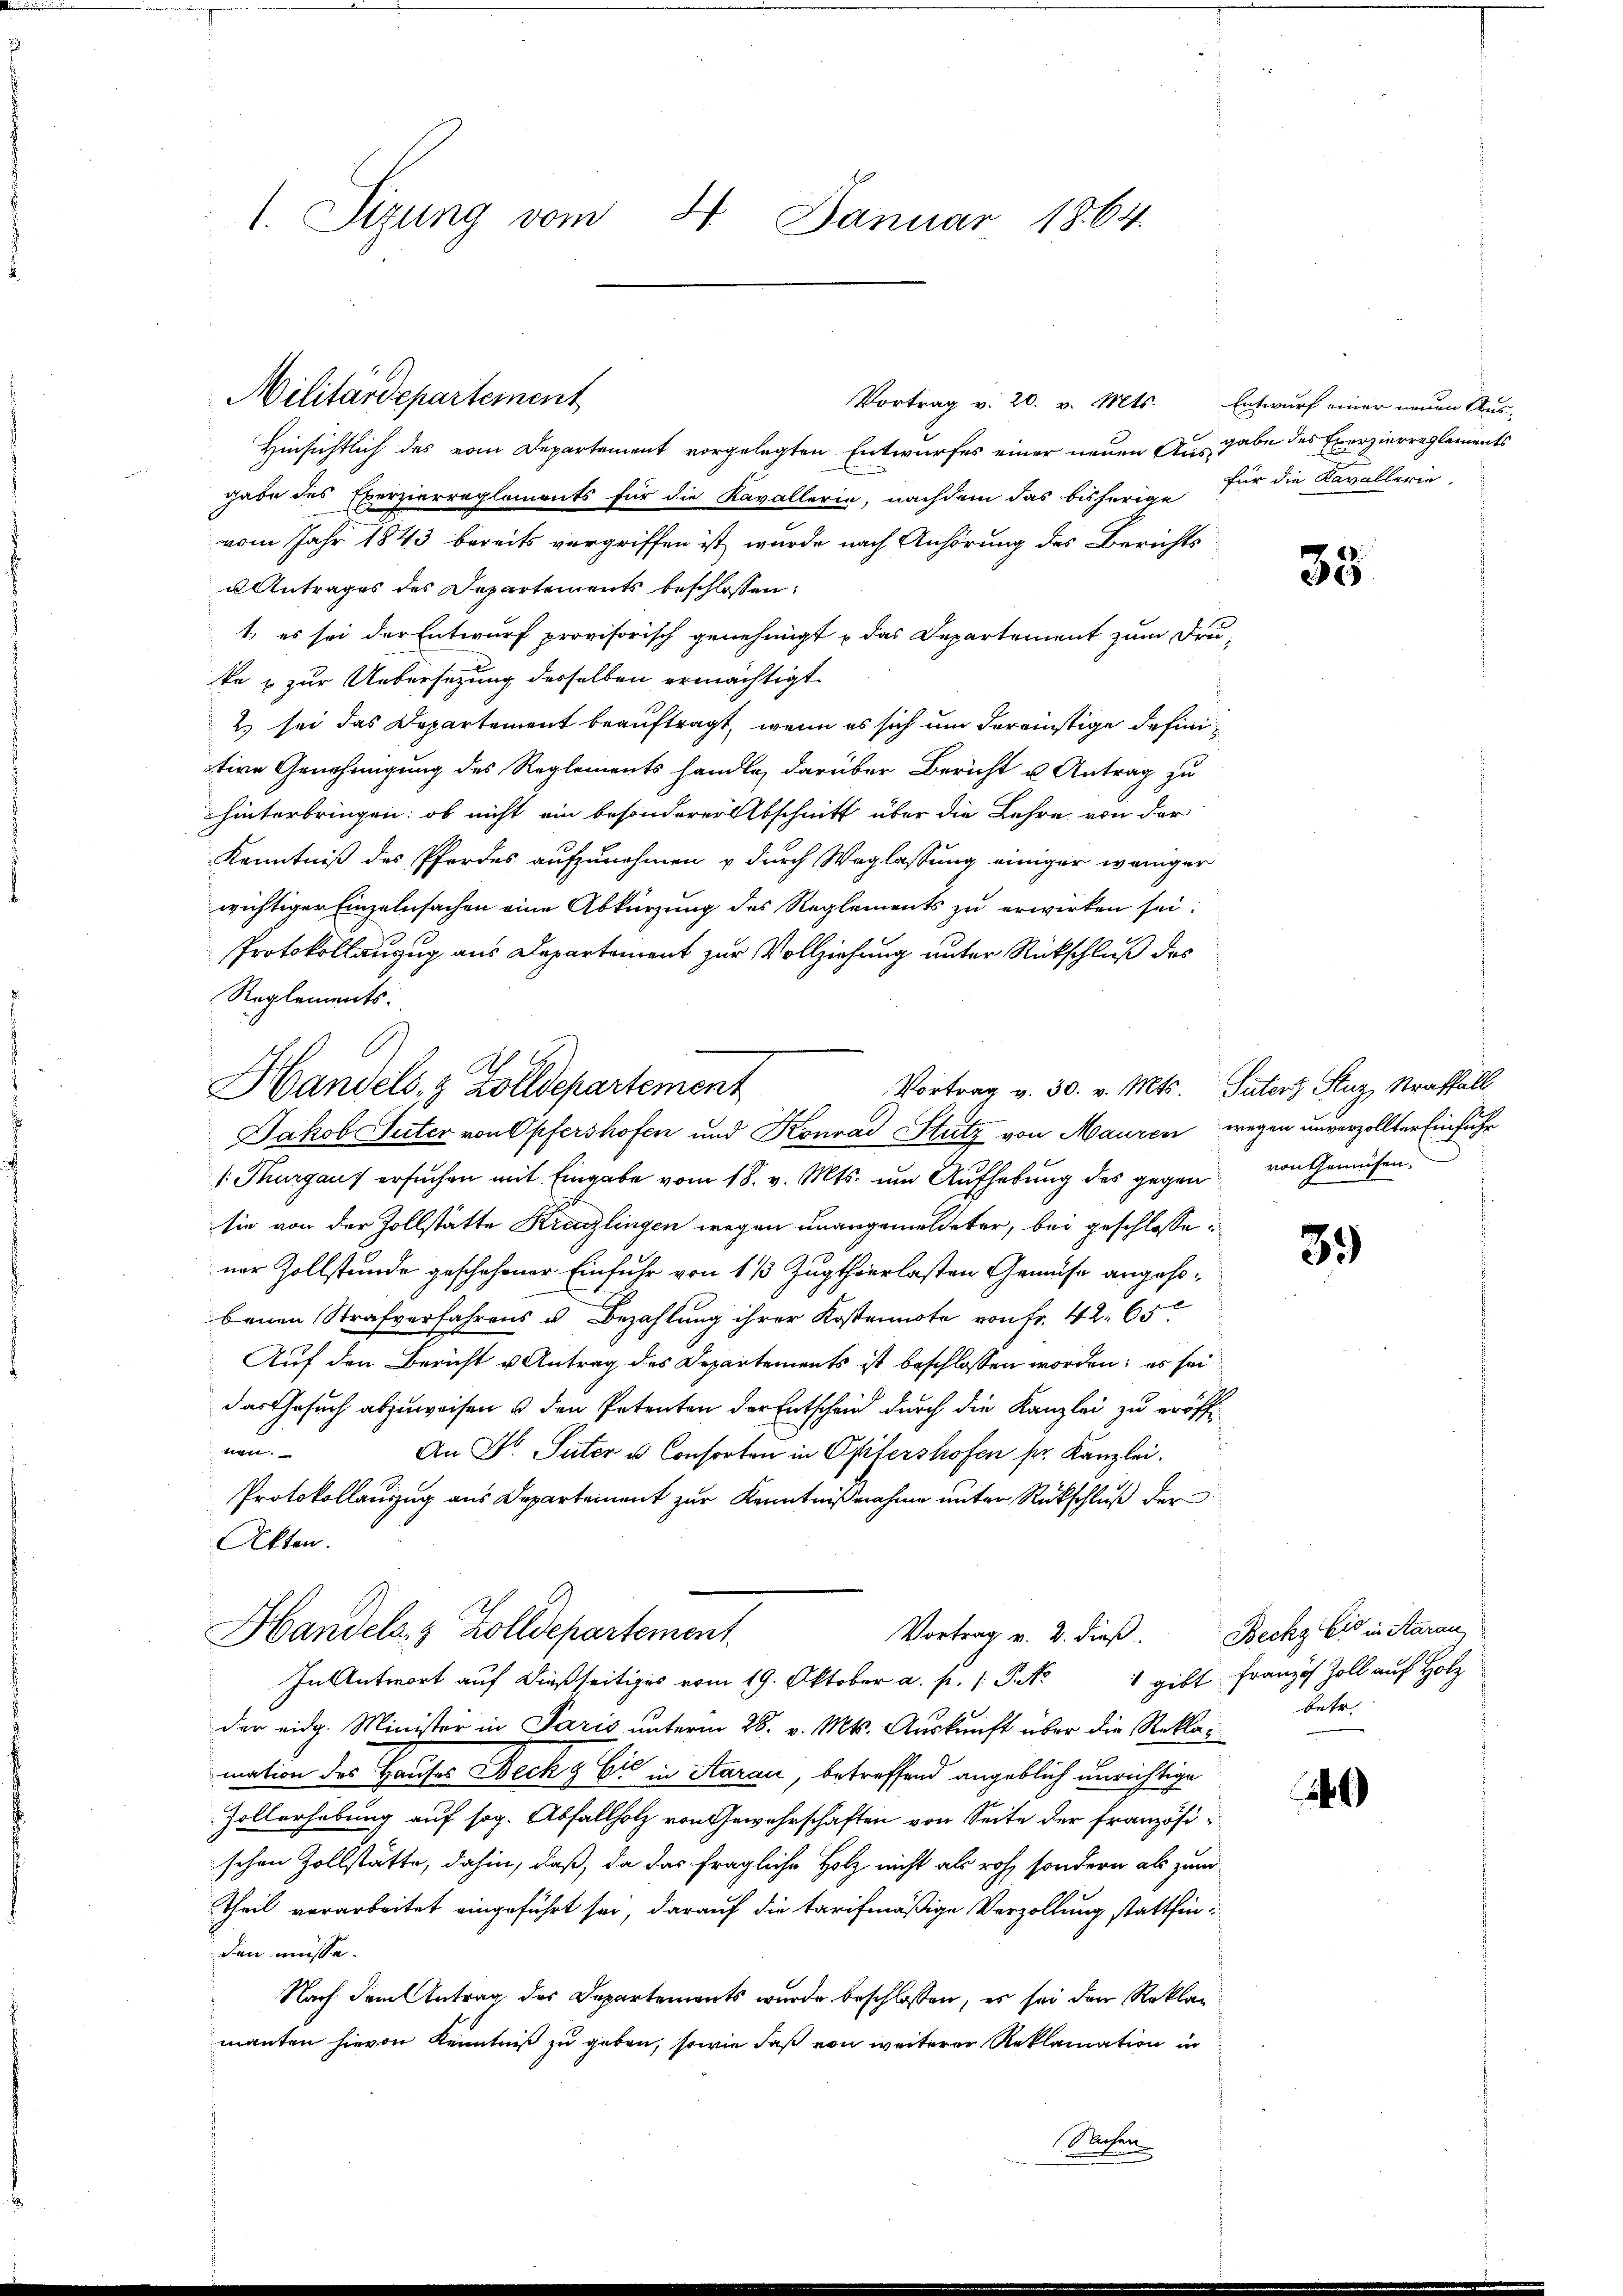
1. Sizung vom 4. Januar 1864.

Militärdepartement

Hinsichtlich des vom Departement vorgelegten Entwurfes einer neuen Ausgabe des Exerzierreglements
gabe des Exerzierreglements für die Kavallerie, nachdem das bisherige für die Kavallerin
vom Jahr 1843 bereits vergriffen ist, wurde nach Anhörung des Berichts
u Antrages des Departements beschlossen:
1) es sei der Entwurf provisorisch genehmigt u das Departement zum Frei-
ke & zur Uebersetzung desselben ermächtigt.
2) sei das Departement beauftragt, wenn es sich um dereinstige definitive Genehmigung des Reglements handle, darüber Bericht u. Antrag zu
hinterbringen: ob nicht ein besonderer Abschnitt über die Lehre von der
Kenntniß des Pferdes aufzunehmen u durch Weglassung einiger weniger
wichtiger Einzelnsachen eine Abkürzung des Reglements zu erwirken sei:
Protokollanzug aus Departement zur Vollziehung unter Rückschluß des
Reglements.
Jakob Suter von Opfershofen und Konrad Stutz von Mauren wegen unverzollter Einführ
1. Kurgaus ersuchen mit Eingabe vom 18. v. Mts. um Aufhebung des gegen von Gemüsen.
sie von der Zollstätte Kreuzlingen wegen unangemeldeter, bei geschlossener Zollstände geschehener Einfuhr von 1/3 Zugthierlasten Gemüse angesobenen Strafverfahrens u. Bezahlung ihrer Kostennote von Fr. 42. 65
Auf den Bericht u Antrag des Departements ist beschlossen worden; es sei
das Gesuch abzuweisen u den Petenten der Entschein durch die Kanzlei zu eröff
wun
An Dr. Suter u. Consorten in Opfershofen pr. Kanzlei.
Protokollauszug aus Departement zur Kenntnißnahme unter Rückschluß der
Akten.
Handels- & Zolldepartement
Vortrag v. 2. dieß.
In Antwort auf dießseitiges vom 19. Oktober a. f. (: P. 1 gibt Franzos Zoll auf Holz
der eidg. Minister in Paris unterm 28. v. Mts. Auskunft über die Reklamation des Hauses Bechg Cić in Aarau, betreffend angeblich unrichtige
Zollerhebung auf sog. Abfallholz von Gewahrschaften von Seite der französischen Zollstätte, dahin, daß, da das fragliche Holz nicht als roh, sondern als zum
Theil vorarbeitet eingeführt sei, darauf die tarifmäßige Verzollung stattfinden müsse.
Nach dem Antrag des Departements wurde beschlossen, es sei den Reklag
manten hievon Kenntniß zu geben, sowie daß von weiterer Reklamation in
(Sachen

Handels- & Zolldepartement

Vortrag v. 20. v. Mts. Entwurf einer neuen Aus-

35

Vortrag v. 30. v. Mts. Suter Stuz, Straffäll

39

Becke bis in Starau
betr.

4